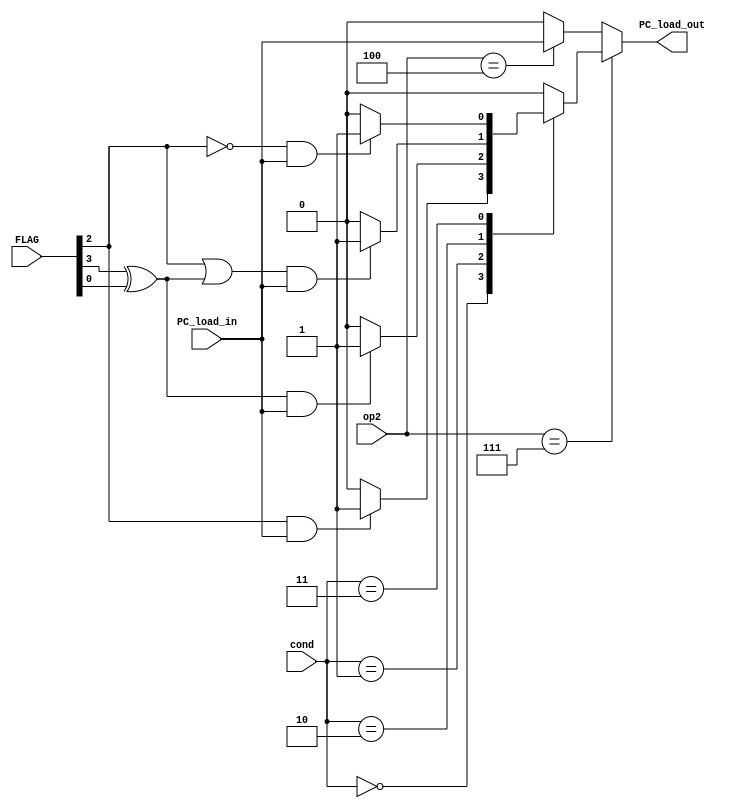
module JumpJudgement(
   input       PC_load_in,
   input [2:0] cond, op2,
   input [3:0] FLAG,
   output      PC_load_out);

   wire        S, Z, C, V;
   reg 	       pcl;

   assign {S, Z, C, V} = FLAG;
      
   always @* begin
      if (op2 == 3'b111)
	case (cond)
	  4'b000 : pcl = (Z && PC_load_in) ? 1'b1 : 1'b0;
	  4'b001 : pcl = ((S ^ V) && PC_load_in) ? 1'b1 : 1'b0;
	  4'b010 : pcl = ((Z || (S ^ V)) && PC_load_in) ? 1'b1 : 1'b0;
	  4'b011 : pcl = (!Z && PC_load_in) ? 1'b1 : 1'b0;
	  default : pcl = 1'b0;
	endcase // case (cond)
      else if (op2 == 3'b100)
	pcl = PC_load_in;
      else
	pcl = 1'b0;
   end // always @ (PC_load_in or cond)
   
   assign PC_load_out = pcl;
   
endmodule // JumpJudgement